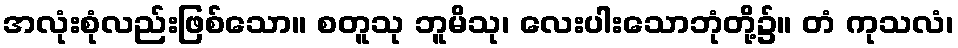
အလုံးစုံလည်းဖြစ်သော။ စတူသု ဘူမိသု၊ လေးပါးသောဘုံတို့၌။ တံ ကုသလံ၊